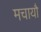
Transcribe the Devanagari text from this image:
मचायौ